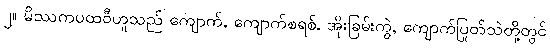
၂။ မိဿကပထဝီဟူသည် ကျောက်, ကျောက်စရစ်, အိုးခြမ်းကွဲ, ကျောက်ပြုတ်သဲတို့တွင်